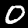
Digit: 0